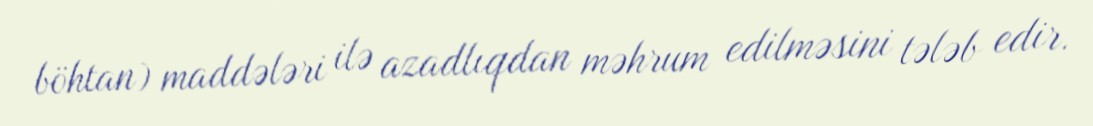
böhtan) maddələri ilə azadlıqdan məhrum edilməsini tələb edir.